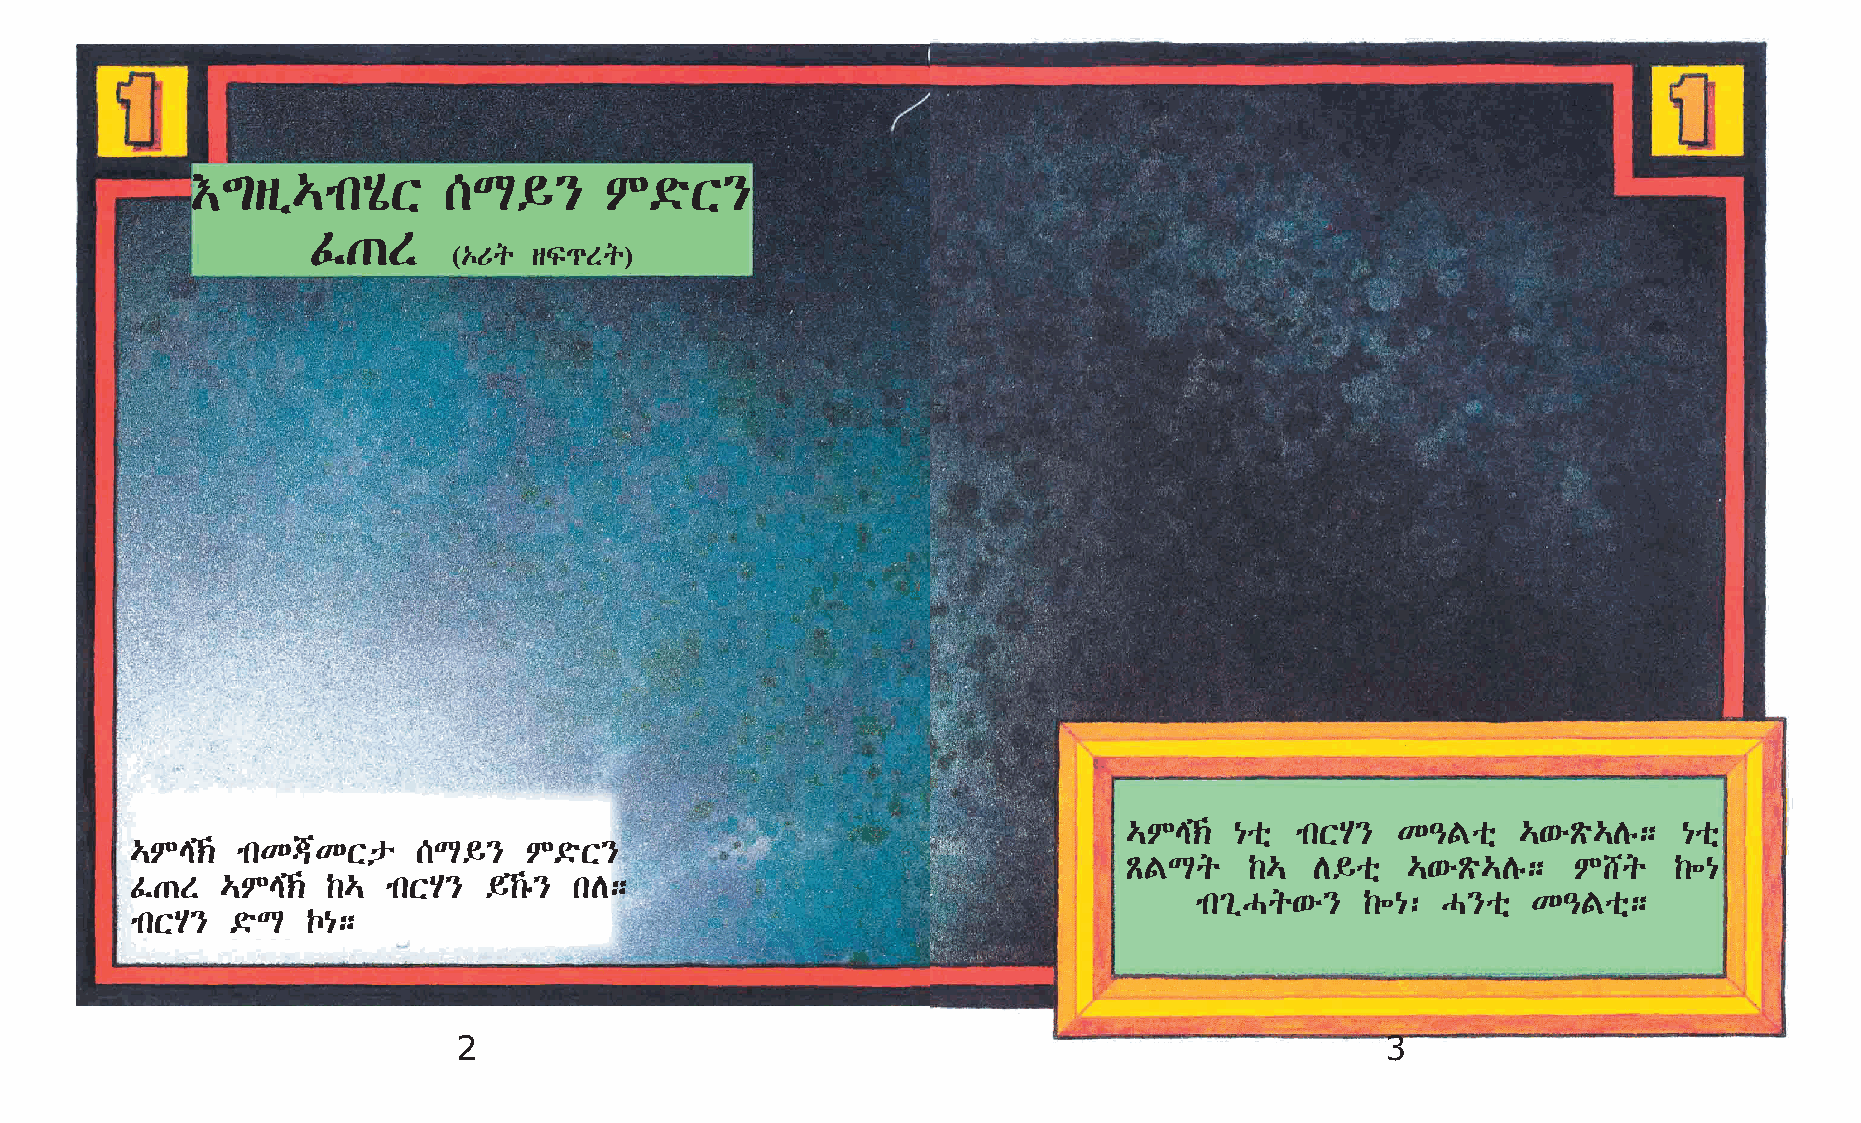
†´sï…mkAôX      [L§}       M©öX}
 Ê·S
 (‡Uq sÏ¹Sq)
 …ME‹  {oñ mkXA} K–Foñ    …‘éÃö…Dê; {oñ
 …ME‹  mkK®KXp     [L§}   M©öX}
 ÃFLq    ‰…  D§oñ  …‘éÃö…Dê;  M_q    ‰÷{
 Ê·S   …ME‹  ‰… mkXA}  §‰ê} kD;
 mk²ïHq‘é}  ‰÷{: H}oñ  K–Foñ;
 mkXA} ©öL  Œ{;
 2                                                             3